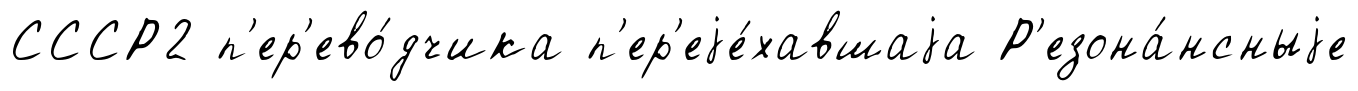
СССР2 п'ер'ево́дчика п'ер'еjе́хавшаjа Р'езона́нсныjе